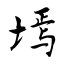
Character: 墕